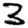
Digit: 3